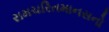
રામચરિતમાનસનો